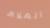
الملام